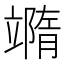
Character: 𥪹